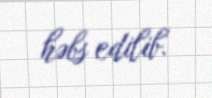
həbs edilib.